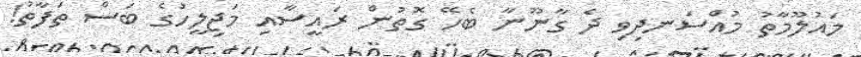
މައުލޫމާތު މުއްސަނދިވި ދެ ގާނޫނާ ބެހޭ ގޮތުން ރައީސާއި މަޖިލީހުގެ ބަސް ތަފާތު!